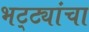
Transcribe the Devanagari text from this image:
भट्ट्यांचा